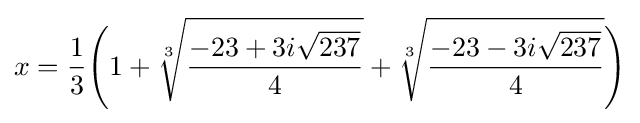
x={1 \over 3}{\Bigg (}1+{\sqrt[{3}]{-23+3i{\sqrt {237}} \over 4}}+{\sqrt[{3}]{-23-3i{\sqrt {237}} \over 4}}{\Bigg )}